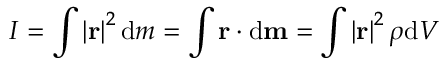
I = \int \left| \mathbf { r } \right| ^ { 2 } \mathrm { d } m = \int \mathbf { r } \cdot \mathrm { d } \mathbf { m } = \int \left| \mathbf { r } \right| ^ { 2 } \rho \mathrm { d } V